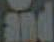
and